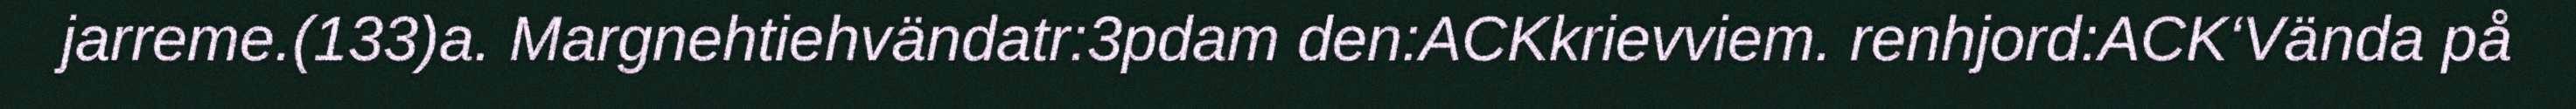
jarreme.(133)a. Margnehtiehvändatr:3pdam den:ACKkrievviem. renhjord:ACK‘Vända på